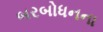
બરબોધનના